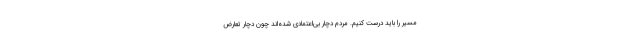
مسیر را باید درست کنیم. مردم دچار بی‌اعتمادی شده‌اند چون دچار تعارض